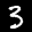
Label: 3